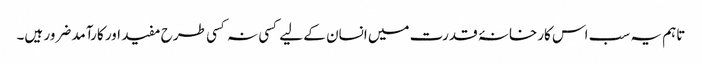
تاہم یہ سب اس کارخانۂ قدرت میں انسان کے لیے کسی نہ کسی طرح مفید اور کارآمد ضرور ہیں۔